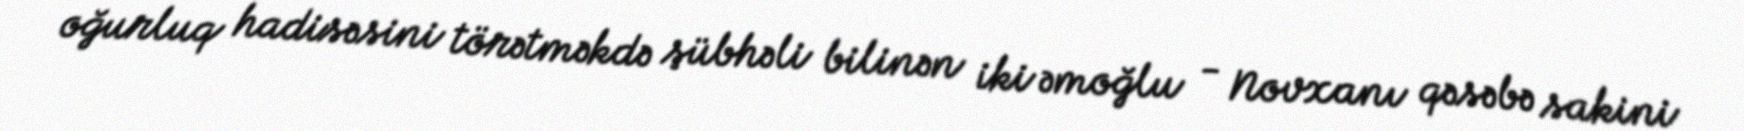
oğurluq hadisəsini törətməkdə şübhəli bilinən iki əmoğlu - Novxanı qəsəbə sakini